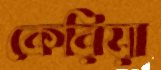
কেরিয়া